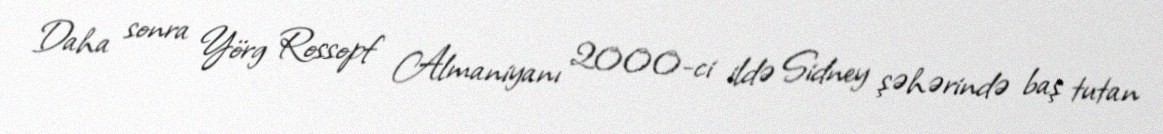
Daha sonra Yörg Rossopf Almaniyanı 2000-ci ildə Sidney şəhərində baş tutan